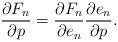
LaTeX: \begin{align*}\frac{\partial F_n}{\partial p} = \frac{\partial F_n}{\partial e_n}\frac{\partial e_n}{\partial p}.\end{align*}